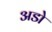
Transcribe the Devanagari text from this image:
अडो